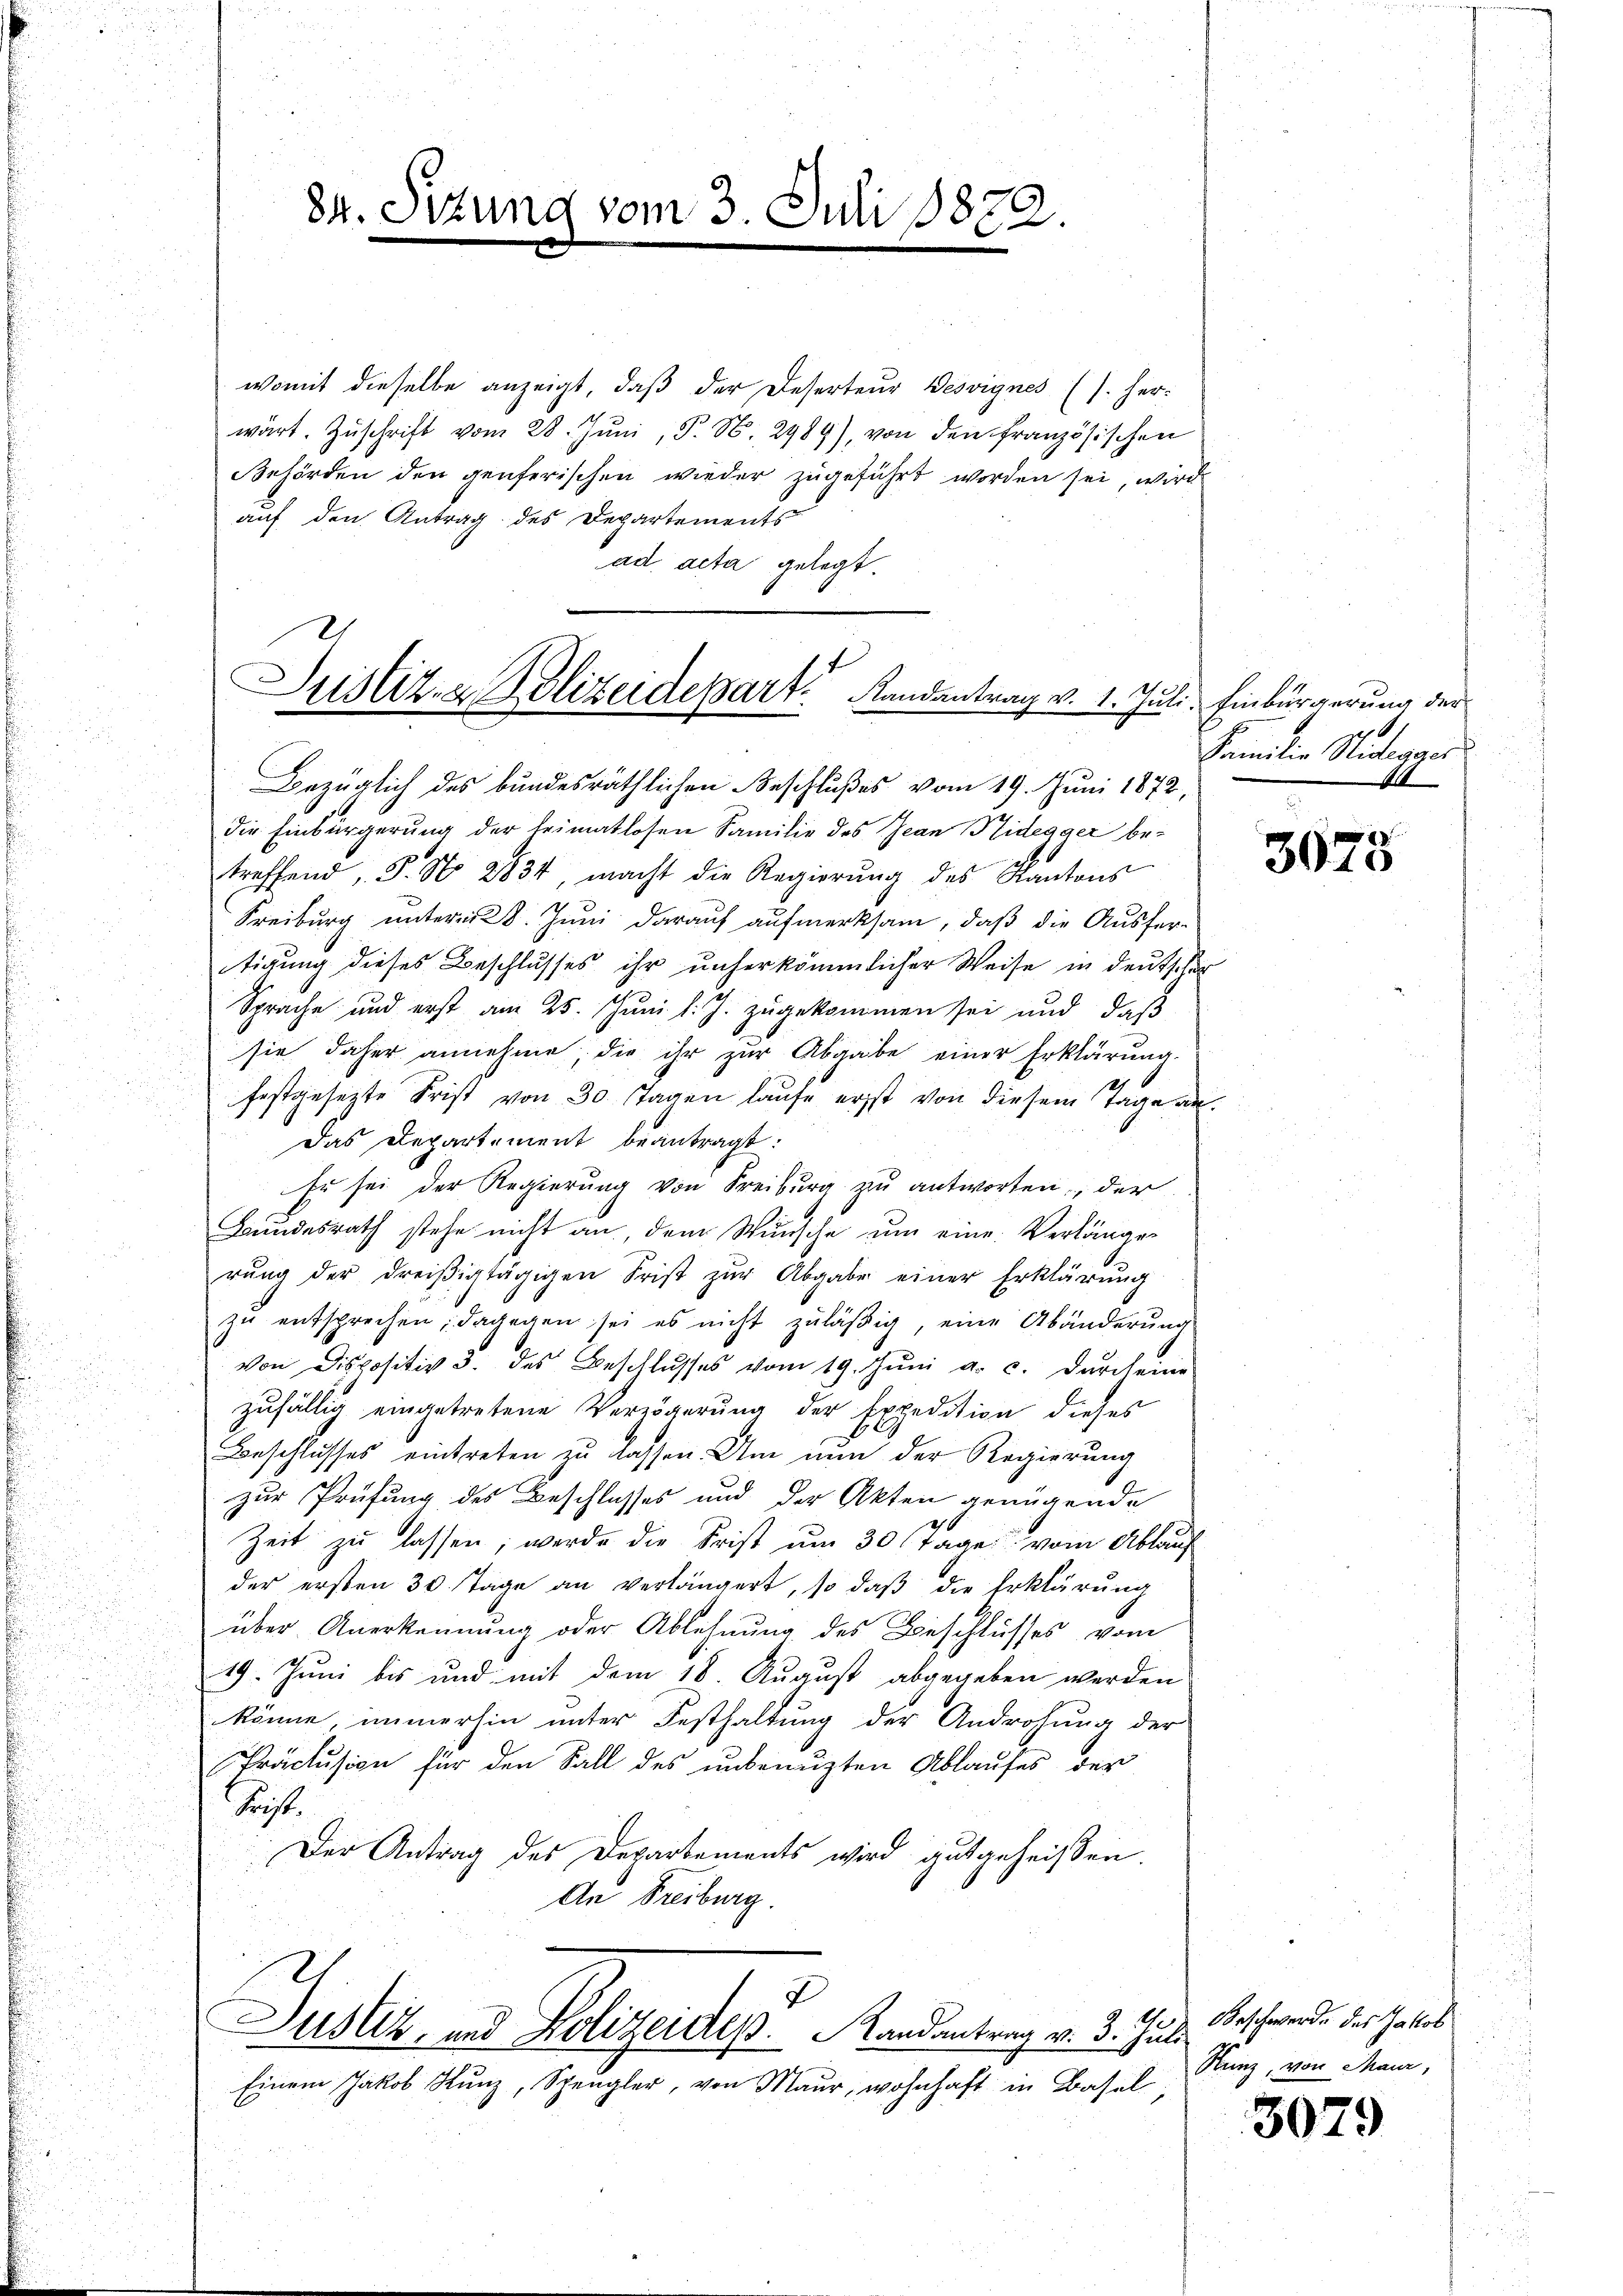
84. Sitzung vom 3. Juli 1882.

Justiz- & Polizeidepart Randantrag v. 1. Jun

u
Bezüglich des bundesräthlichen Beschlußes vom 19. Juni 1872,
die Einbürgerung der trimatlosen Familie des Jean Nidegger be-
treffend, S. N. 2834, macht die Regierŭng des Kantons
Freiburg unterm 28. Juni darauf aufmerksam, daß die Ausfer-
tigung dieses Beschlusses ihr unserkömmlicher Weise in deutscher
Sprache und erst am 25. Juni l. J. zugekommen sei und daß
sie daher annehme, die ihr zŭr Abgabe einer Erklärung.
festgesezte Frist von 30 Tagen laufe erst von diesem Tage an.
Das Departement beantragt:
ze sei der Regierung von Freiburg zu antworten, der
Bundesrath stehe nicht an, dem Wunsche um eine Verlänger
rŭng der dreiβigtägigen Frist zŭr Abgabe einer Erklärŭng
zŭ entsprechen; dagegen sei es nicht zuläßig, eine Abänderŭng
von Dispositiv 3. des Beschlŭsses vom 19. Jŭni a. c. dŭrch eine
zufällig eingetretene Verzögerung der Expedition dieses
Beschlusses eintreten zu lassen. Um nun der Regierung
zur Prüfung des Beschlusses und der Akten genügende
Zeit zu lassen; werde die Frist um 30 Tage vom Ablauf
der ersten 30 Tage an verlängert, so daβ die Erklärŭng
über Anerkennung oder Ablehnung des Beschlusses vom
19. Juni bis und mit dem 18. August abgegeben werden
u
könne, immerhin unter Festhaltung der Androhung der
Präclusion für den Fall des unbenuzten Ablaufes der
Frist.
Der Antrag des Departements wird ausgeheißen.
An Freiburg.
E
Dus Ur- und Polizeides. Landantrag v. 3. Juli Beschwerde des Jakob
Einem Jakob Kunz, Spengler, von Maur, wohnhaft in Basel

womit dieselbe anzeigt, daß der Deserteur Besvignes (s. her:
wärt. Zŭschrift vom 28. Jŭni, P. N. 2989), von den französischen
Behörden den genferischen wieder zugeführt worden sei, wird
auf den Antrag des Departements
ad acta gelegt.

li. Einbürgerung der
Familie Miterger
4

3075

Nunz, von Maur,

3079